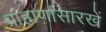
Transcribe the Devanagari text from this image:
ब्राह्मणासारखें